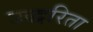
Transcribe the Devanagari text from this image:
उद्धरिता